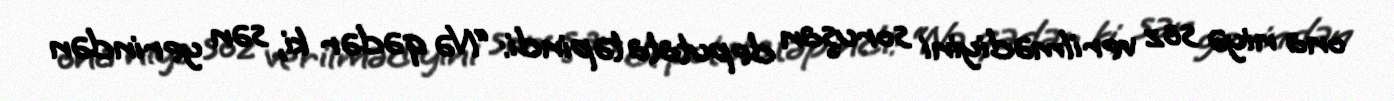
ona niyə söz verilmədiyini soruşan deputata təpindi: “Nə qədər ki, sən yerindən